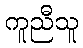
ကူညီသူ